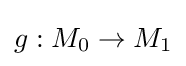
g:M_{0}\to M_{1}